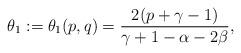
LaTeX: \begin{align*}\theta_1:=\theta_1(p,q)=\frac{2(p+\gamma-1)}{\gamma+1-\alpha-2\beta},\end{align*}